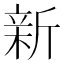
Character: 新